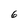
Character: 6